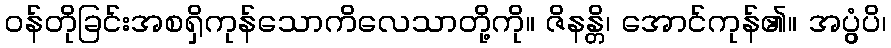
ဝန်တိုခြင်းအစရှိကုန်သောကိလေသာတို့ကို။ ဇိနန္တိ၊ အောင်ကုန်၏။ အပ္ပွံပိ၊